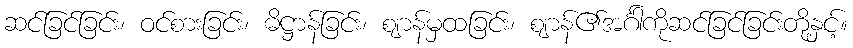
ဆင်ခြင်ခြင်း၊ ဝင်စားခြင်း၊ ဓိဋ္ဌာန်ခြင်း၊ ဈာန်မှထခြင်း၊ ဈာန်၏အင်္ဂါကိုဆင်ခြင်ခြင်းတို့နှင့်။